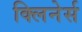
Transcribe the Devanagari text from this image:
क्लिनेर्स